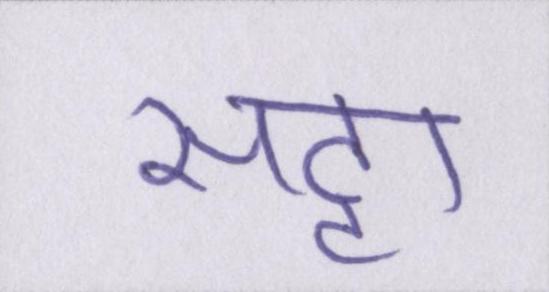
सट्टा